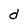
Character: d